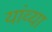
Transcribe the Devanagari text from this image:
यांव्या